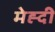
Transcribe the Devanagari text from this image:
मेह्दी